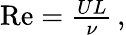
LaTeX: \begin{array}{r}{\mathrm{Re}=\frac{UL}{\nu}\, ,}\end{array}